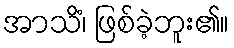
အာသိံ၊ ဖြစ်ခဲ့ဘူး၏။